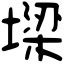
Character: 墚